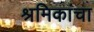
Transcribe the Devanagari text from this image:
श्रमिकांचा